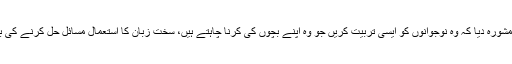
انہوں نے عمران خان کو مشورہ دیا کہ وہ نوجوانوں کو ایسی تربیت کریں جو وہ اپنے بچوں کی کرنا چاہتے ہیں، سخت زبان کا استعمال مسائل حل کرنے کی بجائے انہیں بڑھا دے گی۔